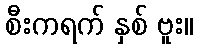
စီးကရက် နှစ် ဗူး။